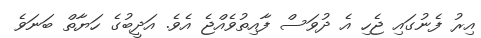
އިރު ފެނުގައި ޖެހި އެ ދުވަސް ފާއިތުވެއްޖެ އެވެ. އަދީބުގެ ހަޔާތް ބަނަވެ